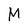
Character: M